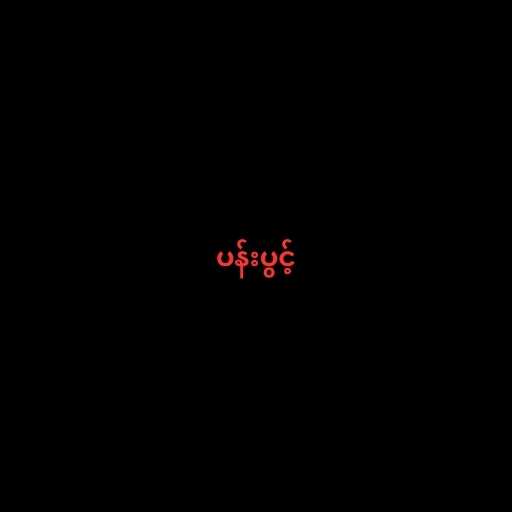
ပန်းပွင့်